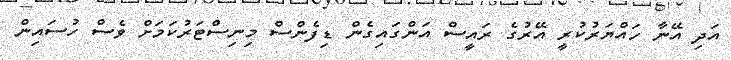
އަދި އޭނާ ހައްޔަރުކުރީ އޭރުގެ ރައީސް އަންގައިގެން ޑިފެންސް މިނިސްޓަރުކަމަށް ވެސް ހުސައިން